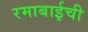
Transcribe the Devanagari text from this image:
रमाबाईची